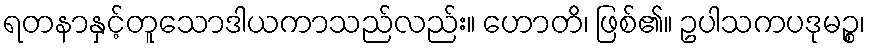
ရတနာနှင့်တူသောဒါယကာသည်လည်း။ ဟောတိ၊ ဖြစ်၏။ ဥပါသကပဒုမဉ္စ၊